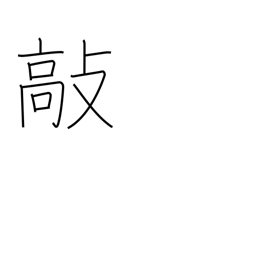
Meaning: beat